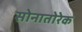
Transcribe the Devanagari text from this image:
सोनातोरेक